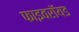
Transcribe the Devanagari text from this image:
फाइवरॉयड